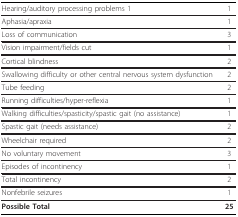
| Hearing/auditory processing problems 1 | 1 |
 | --- | --- |
 | Aphasia/apraxia | 1 |
 | Loss of communication | 3 |
 | Vision impairment/fields cut | 1 |
 | Cortical blindness | 2 |
 | Swallowing difficulty or other central nervous system dysfunction | 2 |
 | Tube feeding | 2 |
 | Running difficulties/hyper-reflexia | 1 |
 | Walking difficulties/spasticity/spastic gait (no assistance) | 1 |
 | Spastic gait (needs assistance) | 2 |
 | Wheelchair required | 2 |
 | No voluntary movement | 3 |
 | Episodes of incontinency | 1 |
 | Total incontinency | 2 |
 | Nonfebrile seizures | 1 |
 | Possible Total | 25 |